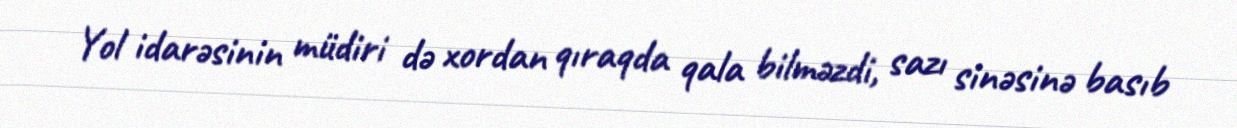
Yol idarəsinin müdiri də xordan qıraqda qala bilməzdi, sazı sinəsinə basıb